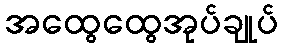
အထွေထွေအုပ်ချုပ်